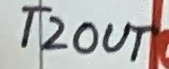
Text: T2OUT